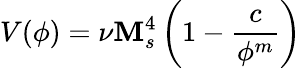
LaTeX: V(\phi)=\nu\mathbf{M}_{s}^{4}\left(1-\frac{{c}}{{\phi^{m}}}\right)